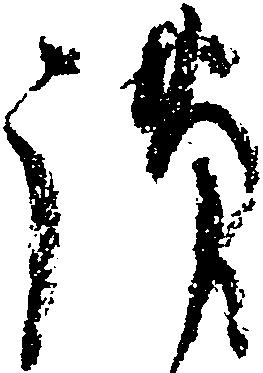
謹